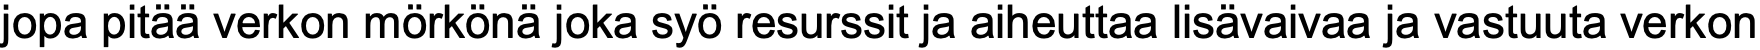
jopa pitää verkon mörkönä joka syö resurssit ja aiheuttaa lisävaivaa ja vastuuta verkon